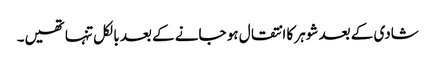
شادی کے بعد شوہر کا انتقال ہو جانے کے بعد بالکل تنہا تھیں۔